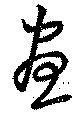
昼